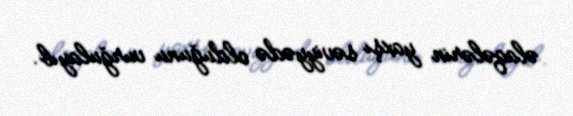
əlaqələrin yaxşı səviyyədə olduğunu vurğulayıb.